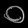
Digit: ၀